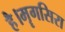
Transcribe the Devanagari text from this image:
है।मॄगसिरा